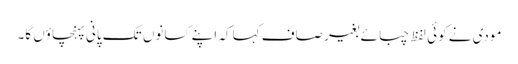
مودی نے کوئی لفظ چبائے بغیر صاف کہا کہ اپنے کسانوں تک پانی پہنچاؤں گا۔